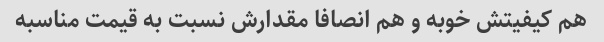
هم کیفیتش خوبه و هم انصافا مقدارش نسبت به قیمت مناسبه